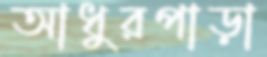
আধুরপাড়া